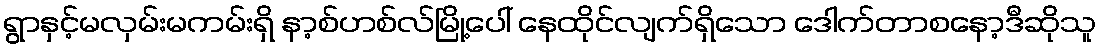
ရွာနှင့်မလှမ်းမကမ်းရှိ နာ့စ်ဟစ်လ်မြို့ပေါ် နေထိုင်လျက်ရှိသော ဒေါက်တာစနော့ဒီဆိုသူ